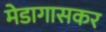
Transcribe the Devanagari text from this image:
मेडागासकर